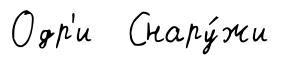
Одр'и Снару́жи